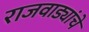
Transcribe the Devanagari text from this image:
राजवाड्यांचे